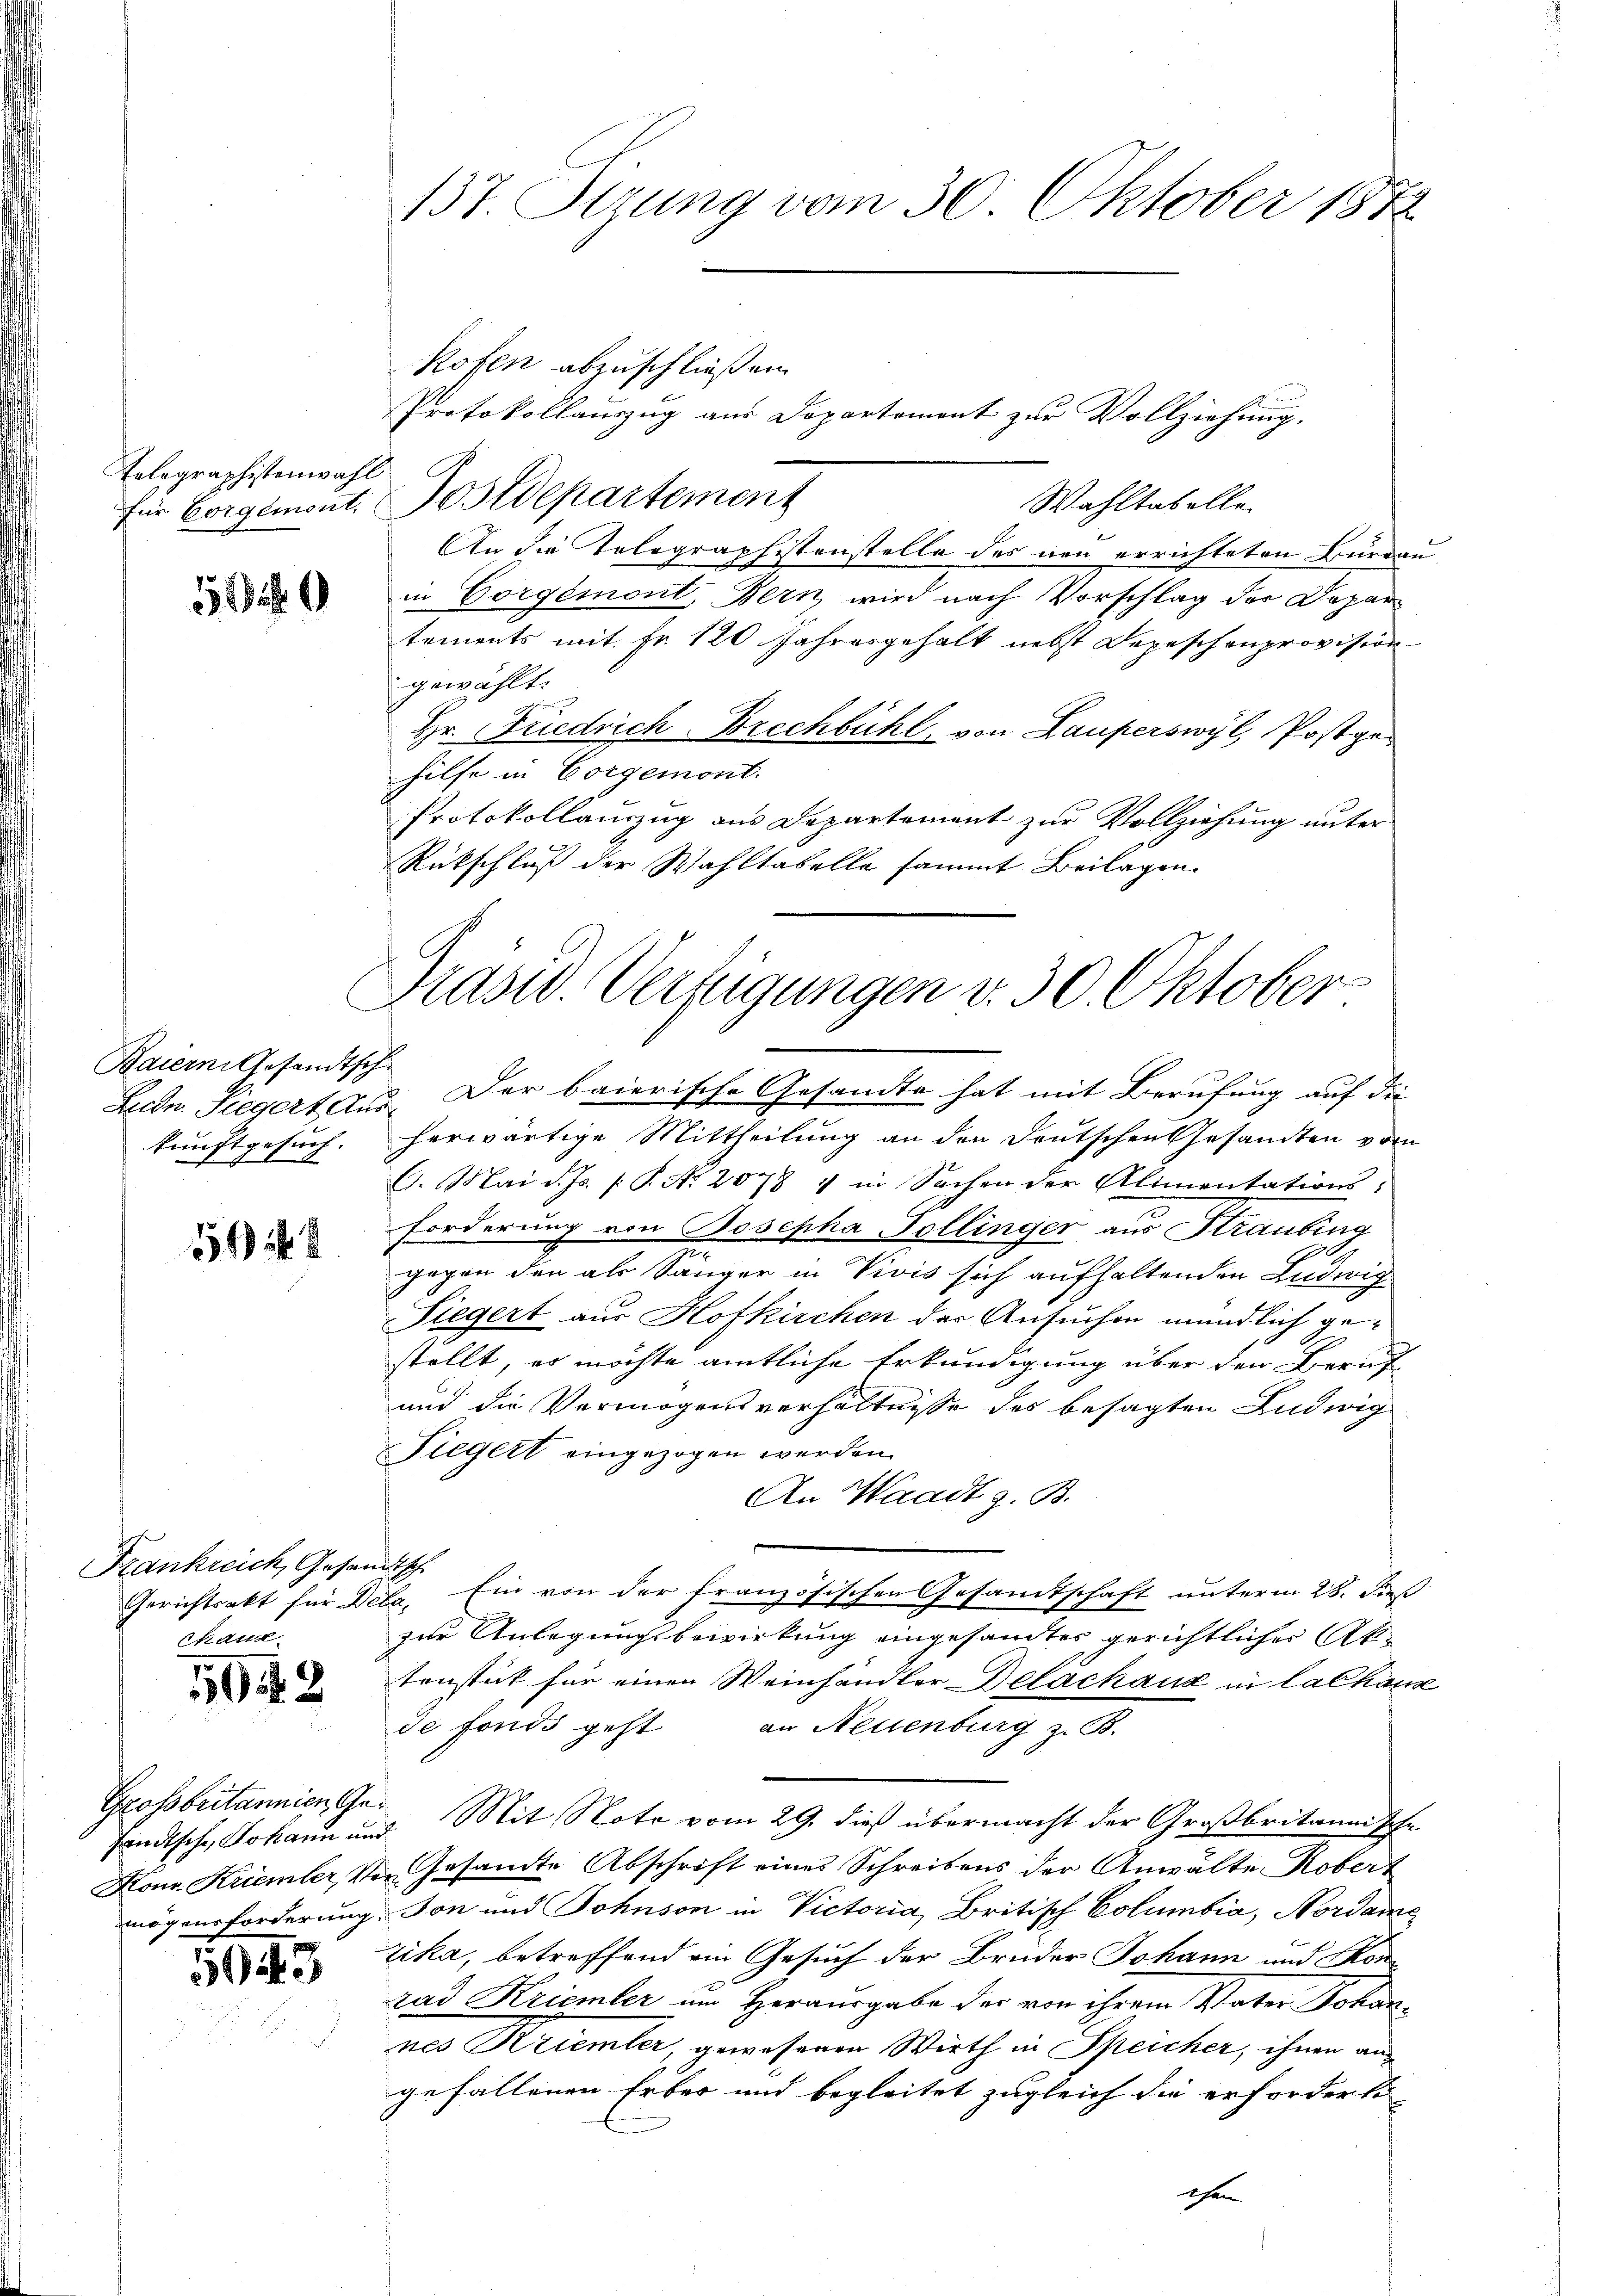
Telegraphistenwahl

519

Baiern Gesandtsch
kunftg
gesuch.
2

54

Frankreich, Gesandtsch
Chaux

5042

Grossbritannien Ge
händische, Johann un
Hon Kriemler, 21.
mögensforderung

5943

137. Itzung vom 30. Oktober 1872

kofen abzuschließen.
Protokollauszug aus Departement zur Vollziehung.
Wahltabelle.
für Borgemont. Postdepartement
An die Telegraphistenstelle des neu errichteten Burgau
in Corgémont, Bern, wird nach Vorschlag der Departements mit Fr. 120 Jahresgehalt nebst Depeschenprovision
gewählt.
Hr. Friedrich-Brechbühl, von Lauperswyl, Postgehilfe in Corgemont.
Protokollauszug aus Departement zur Vollziehung unter-
Rückschluß der Wahltabelle sammt Beilagen.
Ludn. Siegert aus. Der baierische Gesandte hat mit Berufung auf die
herwärtige Mittheilung an den Deutschen Gesandten vom
G. Mai d. Js. [ P. Nr. 2078 4 in Sachen der Alimentations-
Forderung von Josepha Tollinger aus Straubing
m
gegen den als Sänger in Vivis sich aufhaltenden Ludwig
Tiegert aus Hofkirchen der Ansuchen mündlich gestellt, es möchte amtliche Erkundigung über den Beruf
und die Vermögensverhältnisse des besagten Ludwig
Tiegert eingezogen werden.
An Waadt z. B.
Gerichtsakt für Dele. Ein von der französischen Gesamtschaft unterm 28. dieß
zur Anlegungsbewirkung eingesandter gerichtlicher Aktenstät für einen Weinhändler-Delachaux in Calhaus
de fonds geht an Neuenburg z. B.
i
Mit Note vom 29. dieß übermacht der Großbritannische
.
ten Gesandte Abschrift eines Schreibens der Anwälte Robert
v. Ton und Sohnson in Victoria, Britisch Columbia, Nordame
rika, betreffend ein Gesuch der Bruder Johann und Konrad Kriemler um Herausgabe der von ihrem Vater Johannes Rziemler, gewesenen Wirth in Speicher, ihnen an
gefallenen Erbes und begleitet zugleich die erforderte

Präsid. Verfügungen v. 30. Oktober